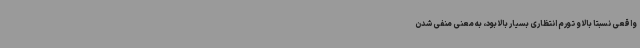
واقعی نسبتاً بالا و تورم انتظاری بسیار بالا بود، به معنی منفی شدن